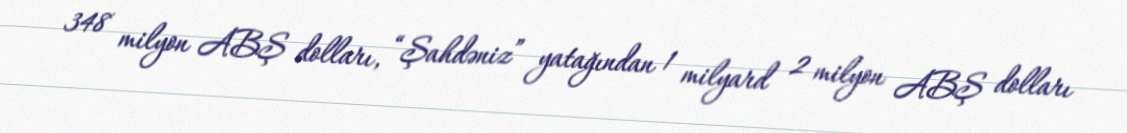
348 milyon ABŞ dolları, “Şahdəniz” yatağından 1 milyard 2 milyon ABŞ dolları